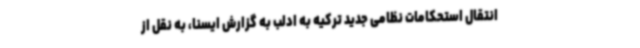
انتقال استحکامات نظامی جدید ترکیه به ادلب به گزارش ایسنا، به نقل از